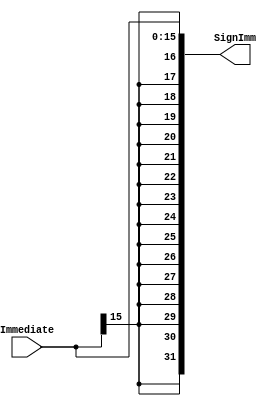
module Imm_Sign_Extend(
    // System Clock

    // User Interface
    input       [15:0]  Immediate,

    output      [31:0]  SignImm
);
    assign  SignImm = {{16{Immediate[15]}}, Immediate[15:0]};
endmodule